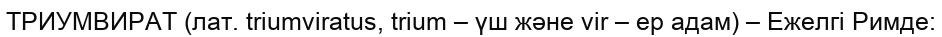
ТРИУМВИРАТ (лат. trіumvіratus, trіum – үш және vіr – ер адам) – Ежелгі Римде: